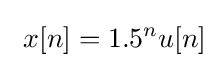
\ x[n]=1.5^{n}u[n]